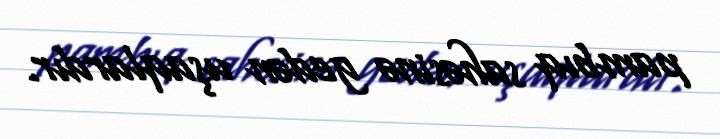
pambıq sahəsinə gedən uşaqlardır.